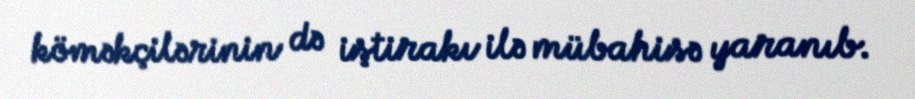
köməkçilərinin də iştirakı ilə mübahisə yaranıb.